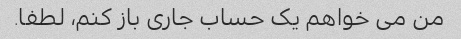
من می خواهم یک حساب جاری باز کنم، لطفا.